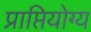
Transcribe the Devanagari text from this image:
प्राप्तियोग्य